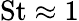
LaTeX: \mathrm{St}\approx 1